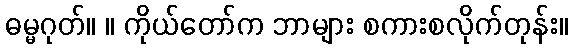
ဓမ္မဂုတ်။ ။ ကိုယ်တော်က ဘာများ စကားစလိုက်တုန်း။